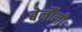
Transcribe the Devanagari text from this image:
बेर्नौली